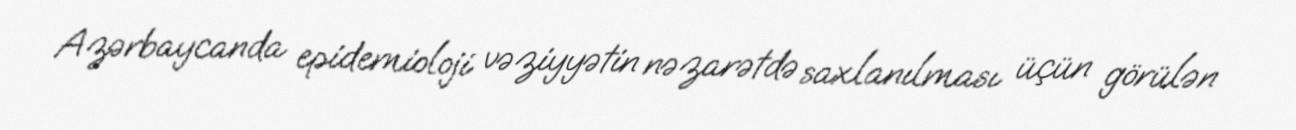
Azərbaycanda epidemioloji vəziyyətin nəzarətdə saxlanılması üçün görülən